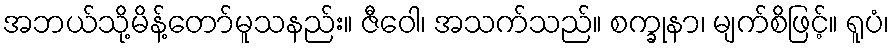
အဘယ်သို့မိန့်တော်မူသနည်း။ ဇီဝေါ၊ အသက်သည်။ စက္ခုနာ၊ မျက်စိဖြင့်။ ရူပံ၊